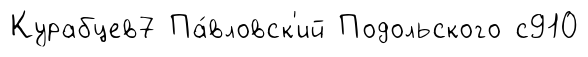
Курабцев7 Па́вловск'ий Подольского с910